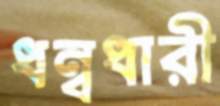
ধন্বধারী